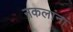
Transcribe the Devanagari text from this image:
नकलांना